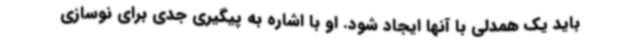
باید یک همدلی با آنها ایجاد شود. او با اشاره به پیگیری جدی برای نوسازی